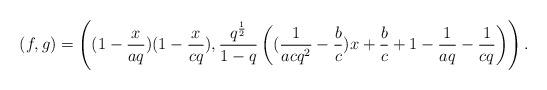
LaTeX: \begin{align*}(f,g)=\left((1-\frac{x}{aq})(1-\frac{x}{cq}),\frac{q^{\frac{1}{2}}}{1-q}\left((\frac{1}{acq^2}-\frac{b}{c})x+\frac{b}{c}+1-\frac{1}{aq}-\frac{1}{cq}\right)\right).\end{align*}